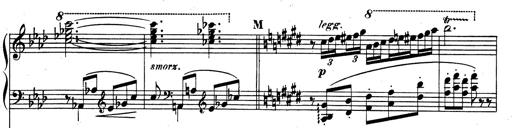
Title: Rhapsodie espagnole
Composer: Franz Liszt